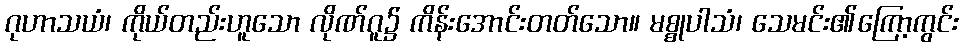
ဂုဟာသယံ၊ ကိုယ်တည်းဟူသော လိုဏ်ဂူ၌ ကိန်းအောင်းတတ်သော။ မစ္စုပါသံ၊ သေမင်း၏ကြော့ကွင်း